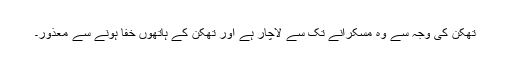
تھکن کی وجہ سے وہ مسکرانے تک سے لاچار ہے اور تھکن کے ہاتھوں خفا ہونے سے معذور۔